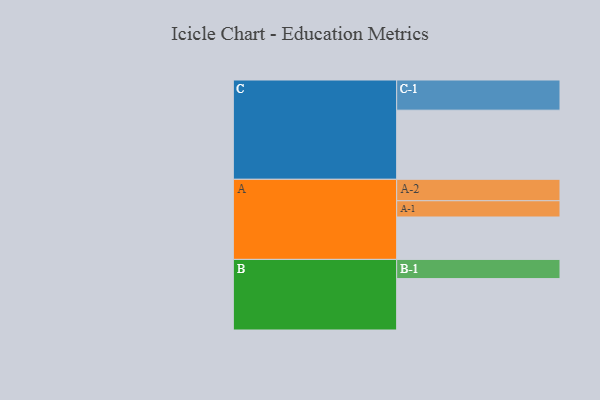
{"axis": {"x": "Segment", "y": "Value"}, "legend": ["", "A", "B", "C"], "data": [{"x": "A", "y": 344, "type": ""}, {"x": "B", "y": 417, "type": ""}, {"x": "C", "y": 561, "type": ""}, {"x": "A-1", "y": 132, "type": "A"}, {"x": "A-2", "y": 174, "type": "A"}, {"x": "B-1", "y": 156, "type": "B"}, {"x": "C-1", "y": 245, "type": "C"}]}